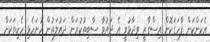
އެކަންކަން ފާހަގަކޮށް އިސްގާޒީ ވިދާޅުވީ އެ ދައުވާ ސާބިތުކުރަން ދައުލަތުން ހުށަހެޅި ހެކިތަކަށް